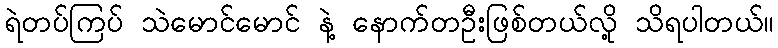
ရဲတပ်ကြပ် သဲမောင်မောင် နဲ့ နောက်တဦးဖြစ်တယ်လို့ သိရပါတယ်။